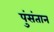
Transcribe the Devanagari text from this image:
पुंसंतान